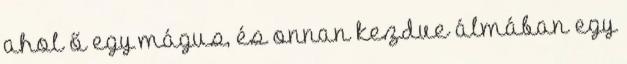
ahol ő egy mágus, és onnan kezdve álmában egy